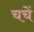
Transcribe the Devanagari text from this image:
चचें